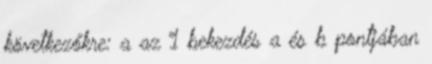
következőkre: a az 1 bekezdés a és b pontjában